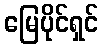
မြေပိုင်ရှင်